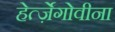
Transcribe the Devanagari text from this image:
हेर्त्ज़ेगोवीना